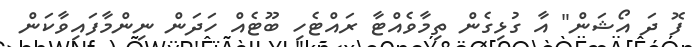
ފޮ ދަ އޯޝަން" އާ ގުޅިގެން ތިމާވެއްޓާ ރައްޓެހި ބޫޓެއް ހަދަން ނިންމާފައިވާކަން